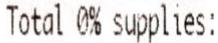
TOTAL 0% SUPPLIES: